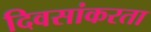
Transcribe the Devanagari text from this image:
दिवसांकरता